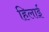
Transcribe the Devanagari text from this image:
हिलाई